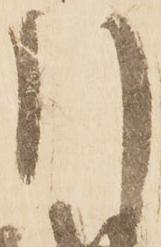
引